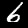
Label: 6